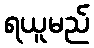
ရယူမည်